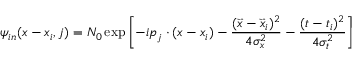
\psi _ { i n } ( x - x _ { i } , j ) = N _ { 0 } \exp \left[ - i p _ { j } \cdot ( x - x _ { i } ) - \frac { ( \vec { x } - \vec { x } _ { i } ) ^ { 2 } } { 4 \sigma _ { x } ^ { 2 } } - \frac { ( t - t _ { i } ) ^ { 2 } } { 4 \sigma _ { t } ^ { 2 } } \right]